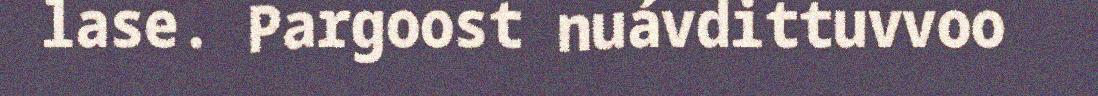
lase. Pargoost nuávdittuvvoo